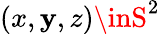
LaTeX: (x,\mathbf{y},z)\inS^{2}